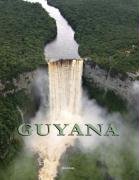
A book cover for Guyana; Travel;